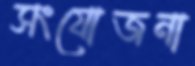
সংযোজনা